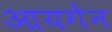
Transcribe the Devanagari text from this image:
आयगेन